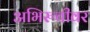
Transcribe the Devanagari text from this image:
अभिरुचीवर